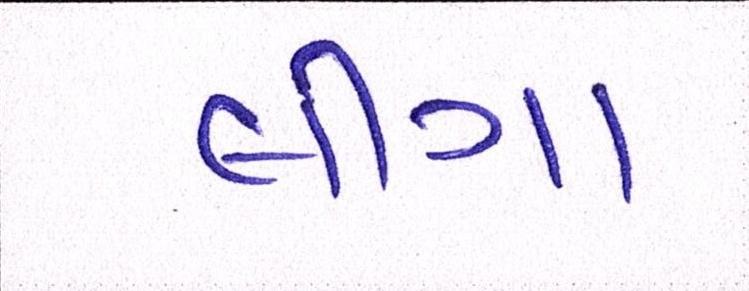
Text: લીગા